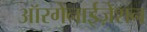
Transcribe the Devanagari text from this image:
ऑरगेनाईज़ेशन